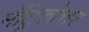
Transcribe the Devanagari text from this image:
मॅट्रिकोत्तर